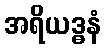
အရိယဒ္ဓနံ